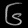
Digit: ၆